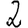
Digit: 2